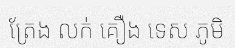
ត្រែង លក់ គឿង ទេស ភូមិ